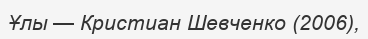
Ұлы — Кристиан Шевченко (2006),